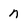
Character: n